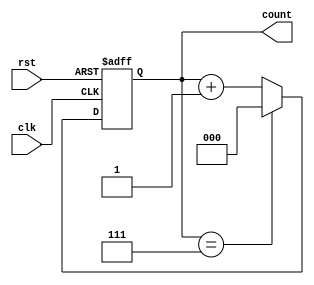
module divide_by_n_counter #(
    parameter N = 8  // Parameter for the divide factor, must be > 0 and <= 255 for 8-bit counter
)(
    input wire clk,   // Clock input
    input wire rst,   // Asynchronous reset input
    output reg [$clog2(N)-1:0] count // Counter output
);

// Ensure N is valid
initial begin
    if (N < 1 || N > 255) begin
        $error("Parameter N must be between 1 and 255.");
        $finish;
    end
end

// Counter logic
always @(posedge clk or posedge rst) begin
    if (rst) begin
        count <= 0; // Reset the counter to 0
    end else begin
        if (count == N-1) begin
            count <= 0; // Wrap around to 0
        end else begin
            count <= count + 1; // Increment the counter
        end
    end
end

endmodule